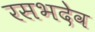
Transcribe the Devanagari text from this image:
रसभदेव